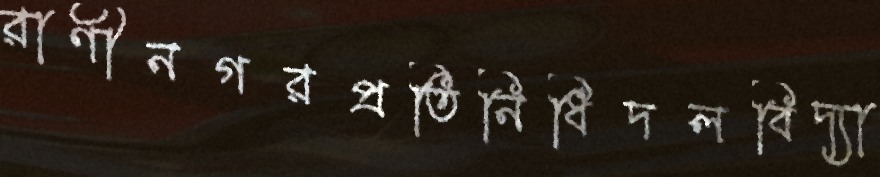
রাণীনগরপ্রতিনিধিদলবিদ্যা